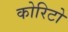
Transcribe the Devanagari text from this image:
कोरिटो